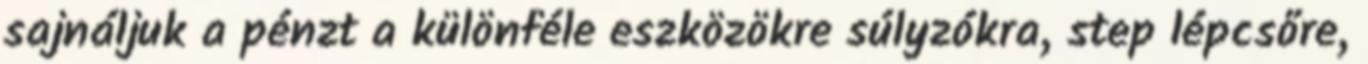
sajnáljuk a pénzt a különféle eszközökre súlyzókra, step lépcsőre,